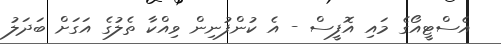
އެސްޓީއޯގެ މައި އޮފީސް - އެ ކުންފުނިން ވިއްކާ ތެލުގެ އަގަށް ބަދަލު